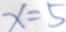
x = 5